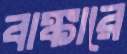
বাঙ্কারে